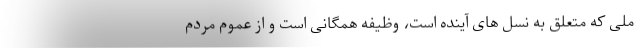
ملی که متعلق به نسل های آینده است، وظیفه همگانی است و از عموم مردم